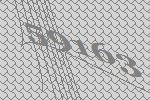
59163